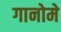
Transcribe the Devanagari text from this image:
गानोमे